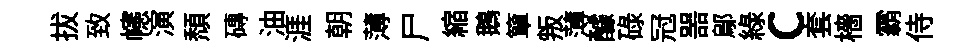
拔致幰演頹磚油涯朝薄尸縮鵝簞叛薄醵碌冠噐鄔緑c套檣霸侍